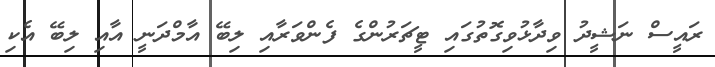
ރައީސް ނަޝީދު ވިދާޅުވިގޮތުގައި ޓީޗަރުންގެ ފެންވަރާއި ލިބޭ އާމްދަނީ އާއި ލިބޭ އެކި